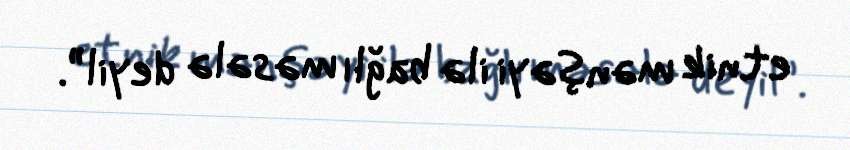
etnik mənşəyi ilə bağlı məsələ deyil”.